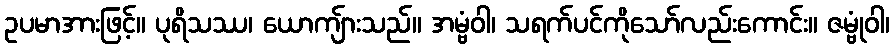
ဥပမာအားဖြင့်။ ပုရိသဿ၊ ယောကျ်ားသည်။ အမ္ဗံဝါ၊ သရက်ပင်ကိုသော်လည်းကောင်း။ ဇမ္ဗုံဝါ၊